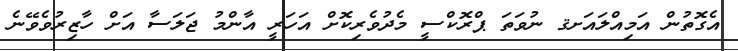
އެގޮތުން އަމިއްލައަށޤ ނުވަތަ ޕްރޮކްސީ މެދުވެރިކޮށް އަހަރީ އާންމު ޖަލަސާ އަށް ހާޒިރުވެވޭނެ